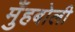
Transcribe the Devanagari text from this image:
मुँहबोली